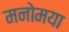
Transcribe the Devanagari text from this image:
मनोमया